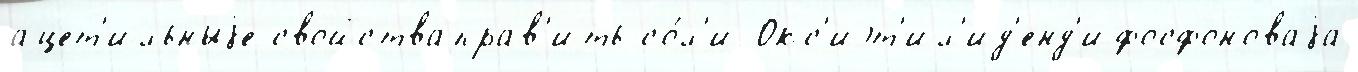
ацет'ильныjе свойстваправ'ить со́л'и Окс'иэт'ил'ид'енд'ифосфоноваjа